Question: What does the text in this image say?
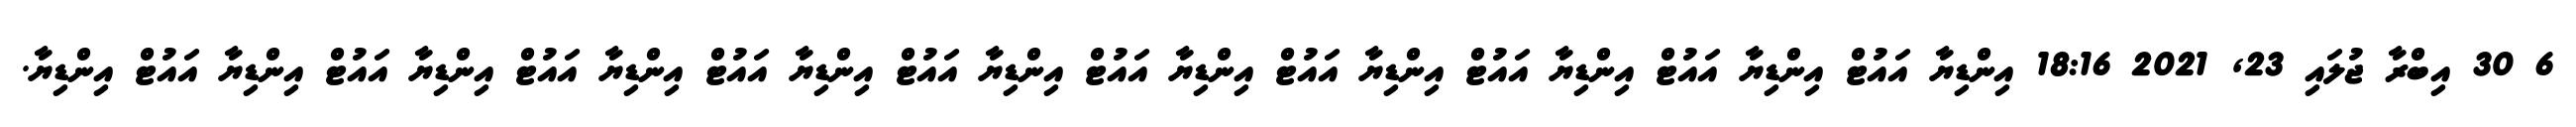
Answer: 6 30 އިބްރާ ޖުލައި 23, 2021 18:16 އިންޑިޔާ އައުޓް އިންޑިޔާ އައުޓް އިންޑިޔާ އައުޓް އިންޑިޔާ އައުޓް އިންޑިޔާ އައުޓް އިންޑިޔާ އައުޓް އިންޑިޔާ އައުޓް އިންޑިޔާ އައުޓް އިންޑިޔާ އައުޓް އިންޑިޔާ އައުޓް އިންޑިޔާ.